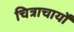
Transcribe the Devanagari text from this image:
चित्राचार्यों